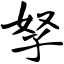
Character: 孥